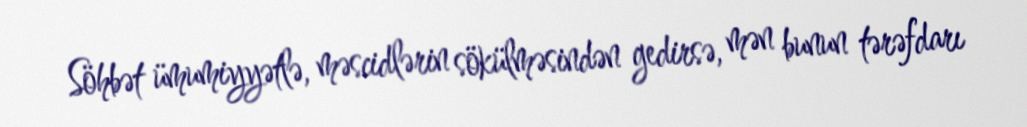
Söhbət ümumiyyətlə, məscidlərin sökülməsindən gedirsə, mən bunun tərəfdarı